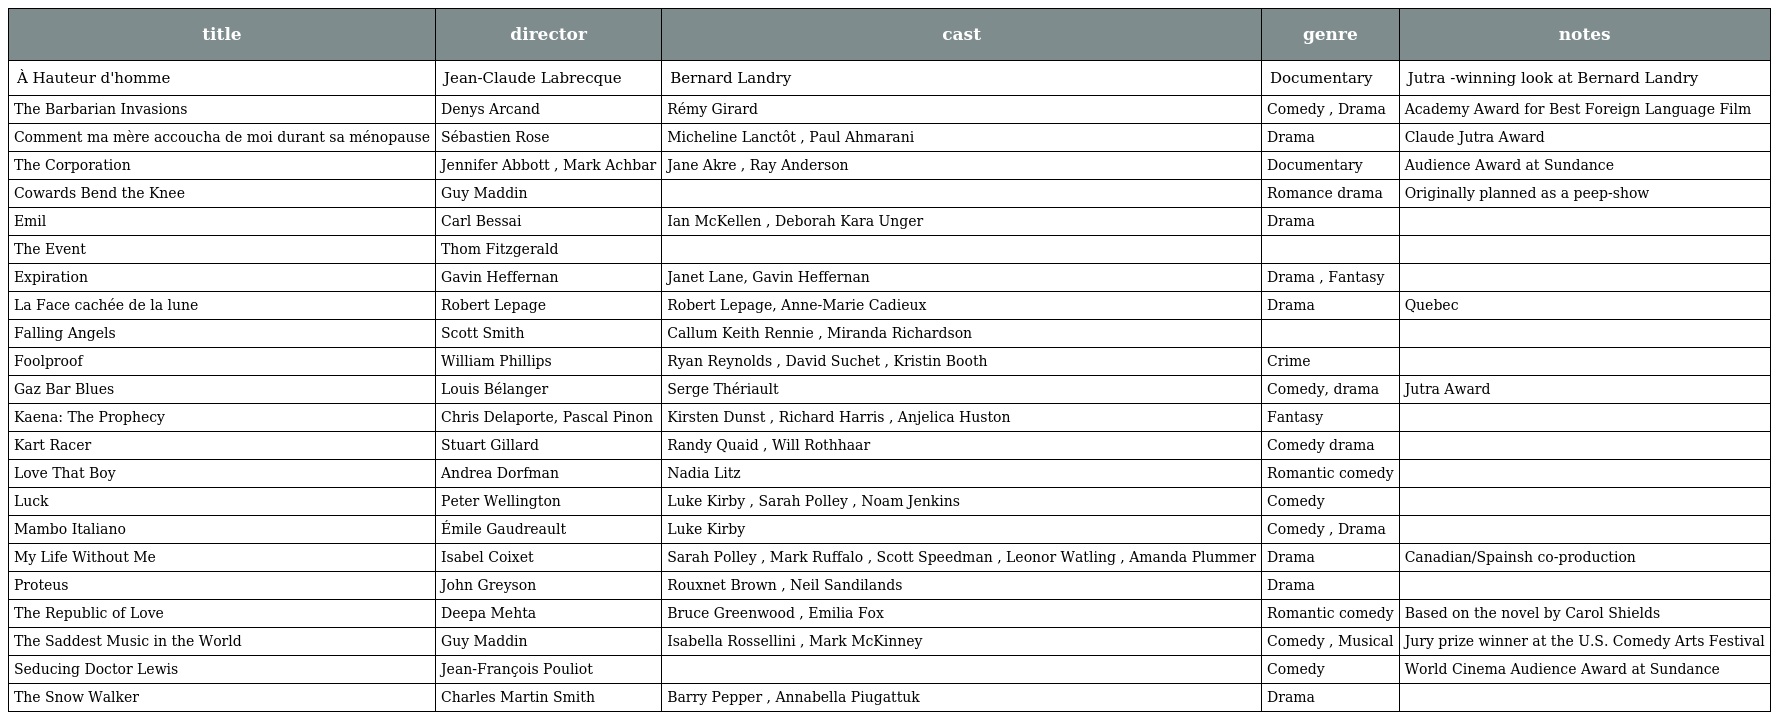
| title | director | cast | genre | notes |
 | --- | --- | --- | --- | --- |
 | À Hauteur d'homme | Jean-Claude Labrecque | Bernard Landry | Documentary | Jutra -winning look at Bernard Landry |
 | The Barbarian Invasions | Denys Arcand | Rémy Girard | Comedy , Drama | Academy Award for Best Foreign Language Film |
 | Comment ma mère accoucha de moi durant sa ménopause | Sébastien Rose | Micheline Lanctôt , Paul Ahmarani | Drama | Claude Jutra Award |
 | The Corporation | Jennifer Abbott , Mark Achbar | Jane Akre , Ray Anderson | Documentary | Audience Award at Sundance |
 | Cowards Bend the Knee | Guy Maddin |  | Romance drama | Originally planned as a peep-show |
 | Emil | Carl Bessai | Ian McKellen , Deborah Kara Unger | Drama |  |
 | The Event | Thom Fitzgerald |  |  |  |
 | Expiration | Gavin Heffernan | Janet Lane, Gavin Heffernan | Drama , Fantasy |  |
 | La Face cachée de la lune | Robert Lepage | Robert Lepage, Anne-Marie Cadieux | Drama | Quebec |
 | Falling Angels | Scott Smith | Callum Keith Rennie , Miranda Richardson |  |  |
 | Foolproof | William Phillips | Ryan Reynolds , David Suchet , Kristin Booth | Crime |  |
 | Gaz Bar Blues | Louis Bélanger | Serge Thériault | Comedy, drama | Jutra Award |
 | Kaena: The Prophecy | Chris Delaporte, Pascal Pinon | Kirsten Dunst , Richard Harris , Anjelica Huston | Fantasy |  |
 | Kart Racer | Stuart Gillard | Randy Quaid , Will Rothhaar | Comedy drama |  |
 | Love That Boy | Andrea Dorfman | Nadia Litz | Romantic comedy |  |
 | Luck | Peter Wellington | Luke Kirby , Sarah Polley , Noam Jenkins | Comedy |  |
 | Mambo Italiano | Émile Gaudreault | Luke Kirby | Comedy , Drama |  |
 | My Life Without Me | Isabel Coixet | Sarah Polley , Mark Ruffalo , Scott Speedman , Leonor Watling , Amanda Plummer | Drama | Canadian/Spainsh co-production |
 | Proteus | John Greyson | Rouxnet Brown , Neil Sandilands | Drama |  |
 | The Republic of Love | Deepa Mehta | Bruce Greenwood , Emilia Fox | Romantic comedy | Based on the novel by Carol Shields |
 | The Saddest Music in the World | Guy Maddin | Isabella Rossellini , Mark McKinney | Comedy , Musical | Jury prize winner at the U.S. Comedy Arts Festival |
 | Seducing Doctor Lewis | Jean-François Pouliot |  | Comedy | World Cinema Audience Award at Sundance |
 | The Snow Walker | Charles Martin Smith | Barry Pepper , Annabella Piugattuk | Drama |  |